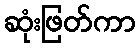
ဆုံးဖြတ်ကာ